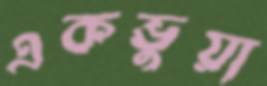
একভুয়া